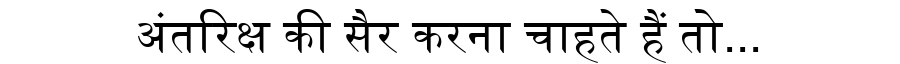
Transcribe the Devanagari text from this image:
अंतरिक्ष की सैर करना चाहते हैं तो...